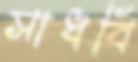
সাধবি